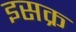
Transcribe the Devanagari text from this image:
इसक्र